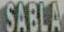
SABLA